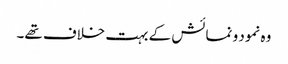
وہ نمود و نمائش کے بہت خلاف تھے۔